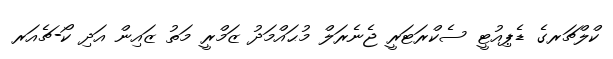
ކްލްޗަރގެ ޑެޕިއުޓީ ސެކްރަޓަރީ ޖެނެރަލް މުޙައްމަދު ޒަމްރީ މަތު ޒައިން އަދި ކޯ-ޗެއަރ